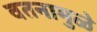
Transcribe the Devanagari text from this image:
वतनामुळे